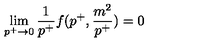
\lim _ { p ^ { + } \to 0 } { \frac { 1 } { p ^ { + } } } f ( p ^ { + } , { \frac { m ^ { 2 } } { p ^ { + } } } ) = 0